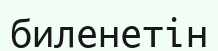
биленетін